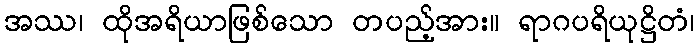
အဿ၊ ထိုအရိယာဖြစ်သော တပည့်အား။ ရာဂပရိယုဋ္ဌိတံ၊